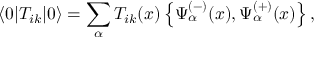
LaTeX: \langle 0 \vert T _ { i k } \vert 0 \rangle = \sum _ { \alpha } T _ { i k } ( x ) \left\{ \Psi _ { \alpha } ^ { ( - ) } ( x ) , \Psi _ { \alpha } ^ { ( + ) } ( x ) \right\} ,